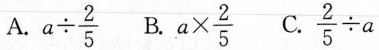
A.$$a \div \frac{2}{5}$$ B.$$a \times \frac{2}{5}$$ C.$$\frac{2}{5}\div a$$